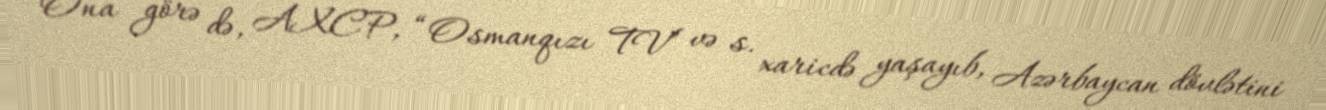
Ona görə də, AXCP, “Osmanqızı TV” və s. xaricdə yaşayıb, Azərbaycan dövlətini